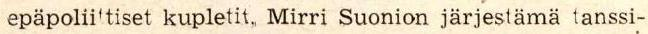
 epäpolii'tiset kupletit, Mirri Suonion järjestämä tanssi-